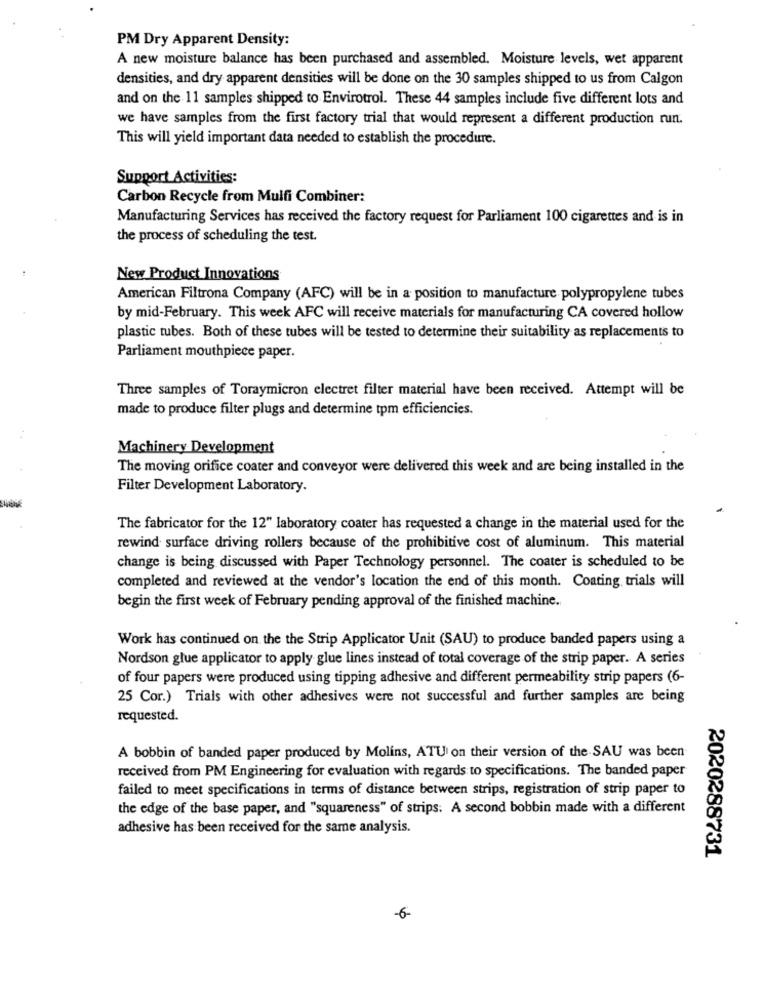
PM Dry Apparent Density:
A new moisture balance has been purchased and assembled. Moisture levels, wet apparent
densities, and dry apparent densities will be done on the 30 samples shipped to us from Calgon
and on the 11 samples shipped to Envirotrol. These 44 samples include five different lots and
we have samples from the first factory trial that would represent a different production run.
This will yield important data needed to establish the procedure.
Support Activities:
Carbon Recycle from Mulfi Combiner:
Manufacturing Services has received the factory request for Parliament 100 cigarettes and is in
the process of scheduling the test.
New Product Innovations
American Filtrona Company (AFC) will be in a position to manufacture polypropylene tubes
by mid-February. This week AFC will receive materials for manufacturing CA covered hollow
plastic tubes. Both of these tubes will be tested to determine their suitability as replacements to
Parliament mouthpiece paper.
Three samples of Toraymicron electret filter material have been received. Attempt will be
made to produce filter plugs and determine tpm efficiencies.
Machinery Development
The moving orifice coater and conveyor were delivered this week and are being installed in the
Filter Development Laboratory.
The fabricator for the 12" laboratory coater has requested a change in the material used for the
rewind surface driving rollers because of the prohibitive cost of aluminum. This material
change is being discussed with Paper Technology personnel. The coater is scheduled to be
completed and reviewed at the vendor's location the end of this month. Coating trials will
begin the first week of February pending approval of the finished machine.
Work has continued on the the Strip Applicator Unit (SAU) to produce banded papers using a
Nordson glue applicator to apply glue lines instead of total coverage of the strip paper. A series
of four papers were produced using tipping adhesive and different permeability strip papers (6-
25 Cor.) Trials with other adhesives were not successful and further samples are being
requested.
A bobbin of banded paper produced by Molins, ATU on their version of the SAU was been
received from PM Engineering for evaluation with regards to specifications. The banded paper
failed to meet specifications in terms of distance between strips, registration of strip paper to
the edge of the base paper, and "squareness" of strips: A second bobbin made with a different
adhesive has been received for the same analysis.
2020288731
-6-